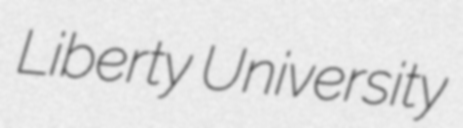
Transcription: Liberty University